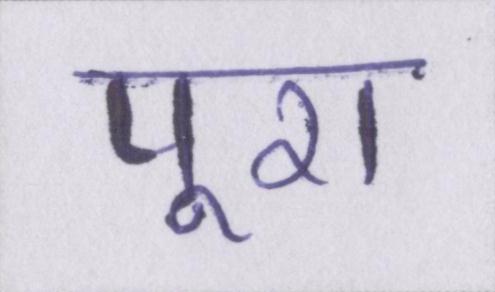
पूरा